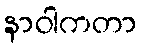
နာဝါကတာ